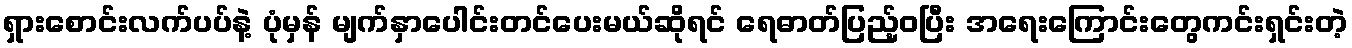
ရှားစောင်းလက်ပပ်နဲ့ ပုံမှန် မျက်နှာပေါင်းတင်ပေးမယ်ဆိုရင် ရေဓာတ်ပြည့်ဝပြီး အရေးကြောင်းတွေကင်းရှင်းတဲ့